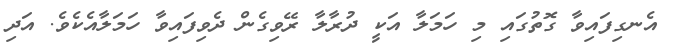
އެނގިފައިވާ ގޮތުގައި މި ހަމަލާ އަކީ ދުރާލާ ރޭވިގެން ދެވިފައިވާ ހަމަލާއެކެވެ. އަދި